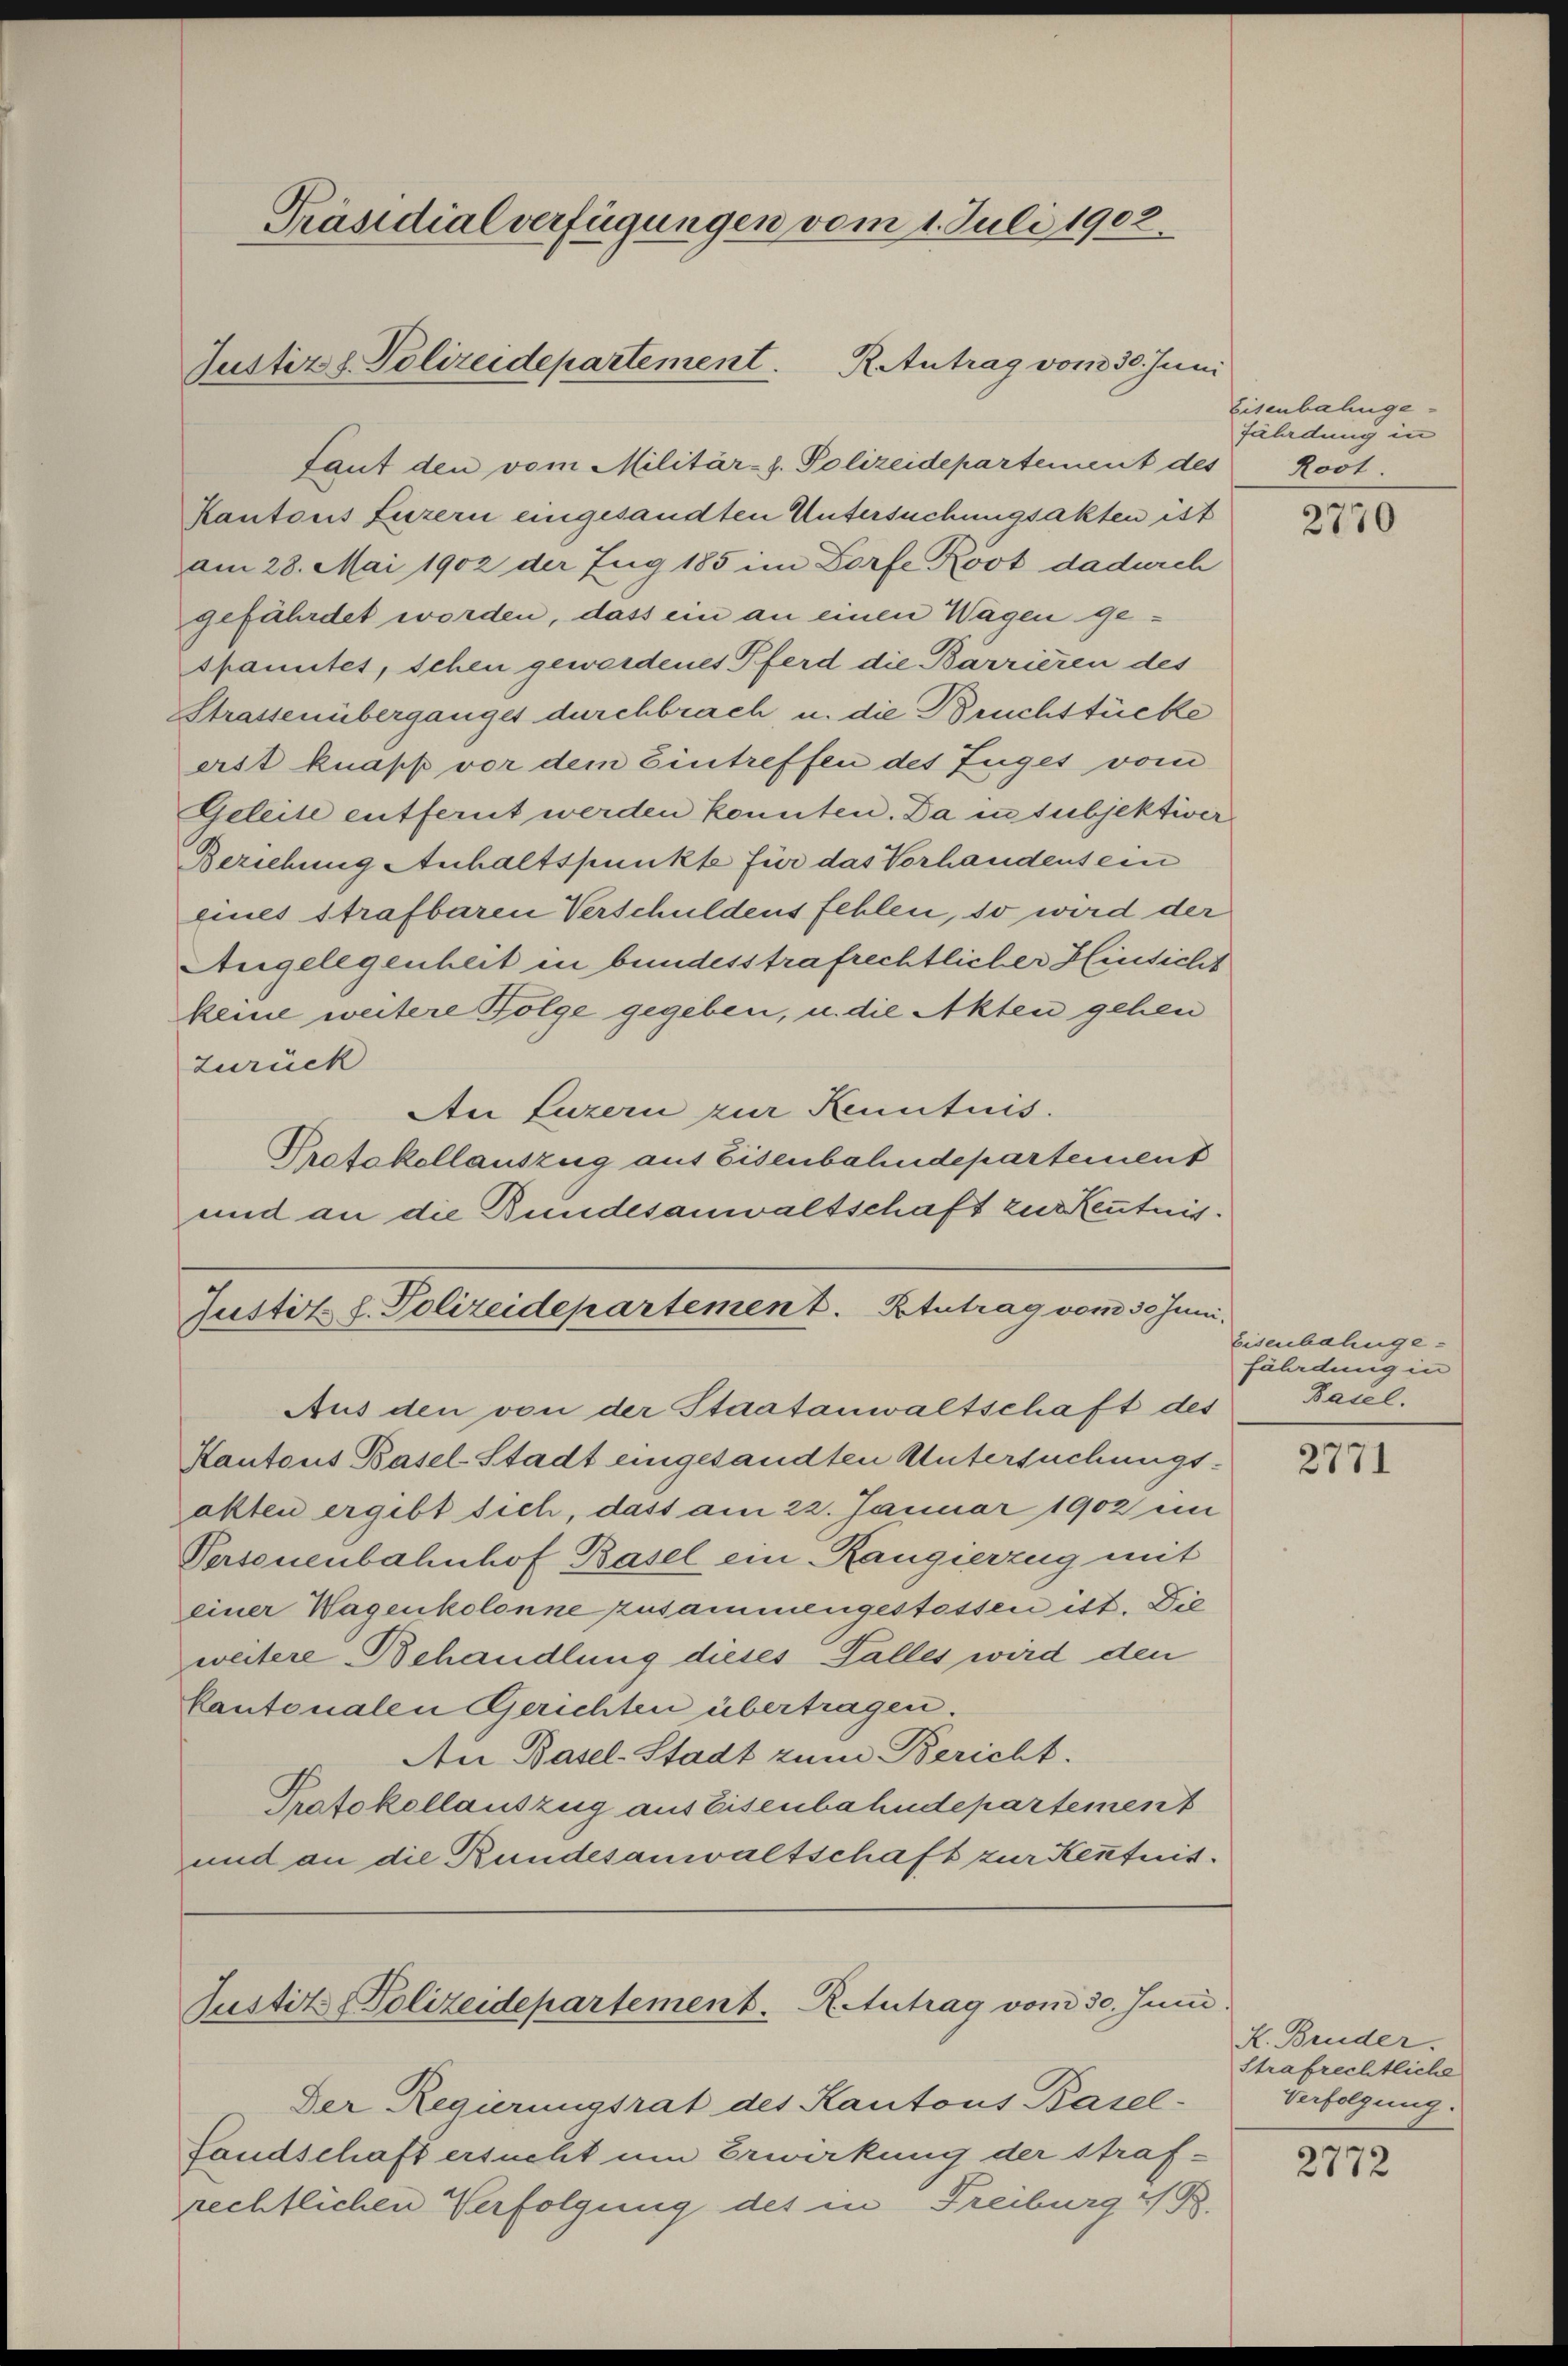
Präsidialverfügungen vom 1. Juli 1902.

Laut den vom Militär-z. Polizeidepartement des
Kantons Luzern eingesandten Untersuchungsakten ist
am 28. Mai 1902 der Zug 185 im Dorfe Kost dadurch
gefährdet worden, dass ein an einen Wagen gespanites, schen gewordenes Pferd die Barrieren des
Strassenüberganges durchbrach, u. die Bruchstücke
erst knapp vor dem Eintreffen des Zuges vom
Geleite entfernt werden konnten. Da in subjektiver
Beziehung Anhaltspunkte für das Vorhandensein
eines Strafbaren Verschuldens fehlen, so wird der
Angelegenheit in bundesstrafrechtlicher Hinsicht
keine weitere Folge gegeben, u. die Akten gehen
zurück
An Luzern zur Kenntnis.
Protokollauszug aus Eisenbahndepartement
und an die Bundesanwaltschaft zur Kenntnis.
Justit. d. Polizeidepartement. Blutrag vom 30 Juni,
Aus den von der Staatanwaltschaft des
Kantons Basel-Stadt eingesandten Untersuchungsakten ergibt sich, dass am 22. Januar 1902 im
Versonenbahnhof Basel ein Rangierzug mit
einer Wagenkolonne zusammengestessen ist. Die
weitere Behandlung dieses Falles wird den
kantonalen Gerichten übertragen.
An Basel-Stadt zum Bericht.
Protokollauszug aus Eisenbahndepartement
und an die Bundesanwaltschaft zur Kentnis.

R. Antrag vom 30. Juni
Justiz z. Polizeidepartement.

Justitz -Polizeidepartement. Reutrag vom 30. Juni

Der Regierungsrat des Kantons Basel-
fandschaft ersucht um Erwirkung der Straf-
rechtlichen Verfolgung des in Freiburg & B.

Eisenbahnge¬
Fäladung in
Root.

2770

Eisenbahnge¬
Fäladung in
Basel.

2771

X. Bruder.
Strafrechtliche
Verfolgung.

2772